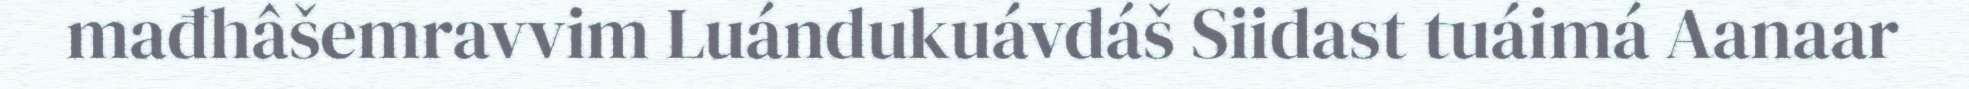
mađhâšemravvim Luándukuávdáš Siidast tuáimá Aanaar